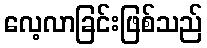
လေ့လာခြင်းဖြစ်သည်